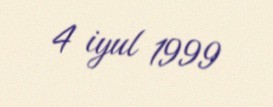
4 iyul 1999